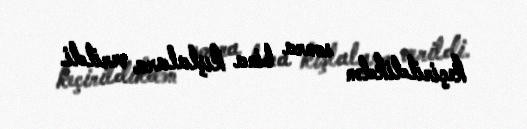
keçirildikdən sonra bina kışlalara verildi.